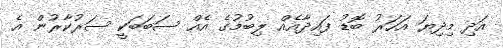
އަދި މިދިޔަ އަހަރު ބޮޑު ފައިދާއެއް ލިބުމުގެ އެއް ސަބަބަކީ ސަރުކާރުން އެ